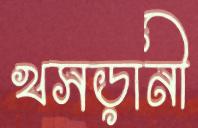
খসড়ানী